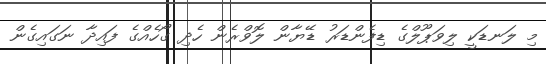
މި ލަނޑަކީ ލިވަޕޫލްގެ ޑިފެންޑަރު ޑޭޔާން ލޮވްރެން ހެދި ގޯހެއްގެ ފައިދާ ނަގައިގެން